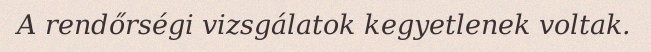
A rendőrségi vizsgálatok kegyetlenek voltak.